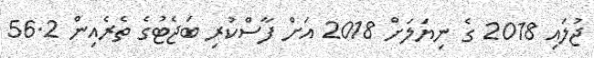
ޖުލައި 2018 ގެ ނިޔަލަށް 2018 އަށް ފާސްކުރި ބަޖެޓުގެ ތެރެއިން 56.2